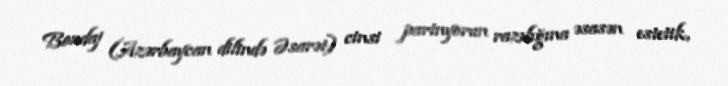
Bondaj (Azərbaycan dilində Əsarət) cinsi partnyorun razılığına əsasən estetik,